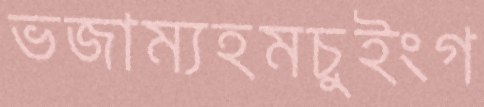
ভজাম্যহমচুইংগ